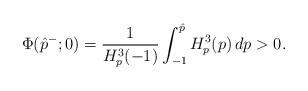
LaTeX: \begin{align*} \Phi(\hat{p}^-;0)=\dfrac{1}{H_p^3(-1)}\int_{-1}^{\hat{p}} H_p^3(p) \, dp>0.\end{align*}